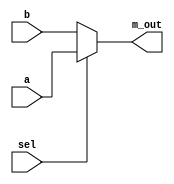
module mux (m_out, a,b, sel);
	output m_out;
	input a, b;
	input sel;
	
	assign m_out = (sel)? a:b;
	
endmodule